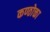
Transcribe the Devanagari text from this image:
कण्ठोक्ता